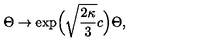
\Theta \to \exp \! \Big ( \sqrt { \frac { 2 \kappa } { 3 } } c \Big ) \Theta ,